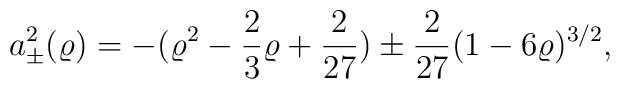
a_{\pm}^2(\varrho) = -(\varrho^2 - \frac 23 \varrho + \frac{2}{27}) \pm \frac{2}{27}(1 - 6\varrho)^{3/2},